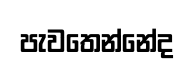
පැවතෙන්නේද